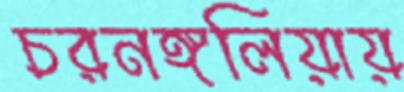
চরনঙ্গলিয়ায়